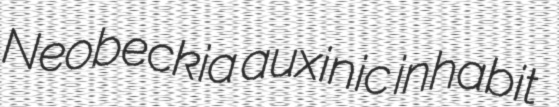
Neobeckia auxinic inhabit